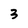
Character: 3